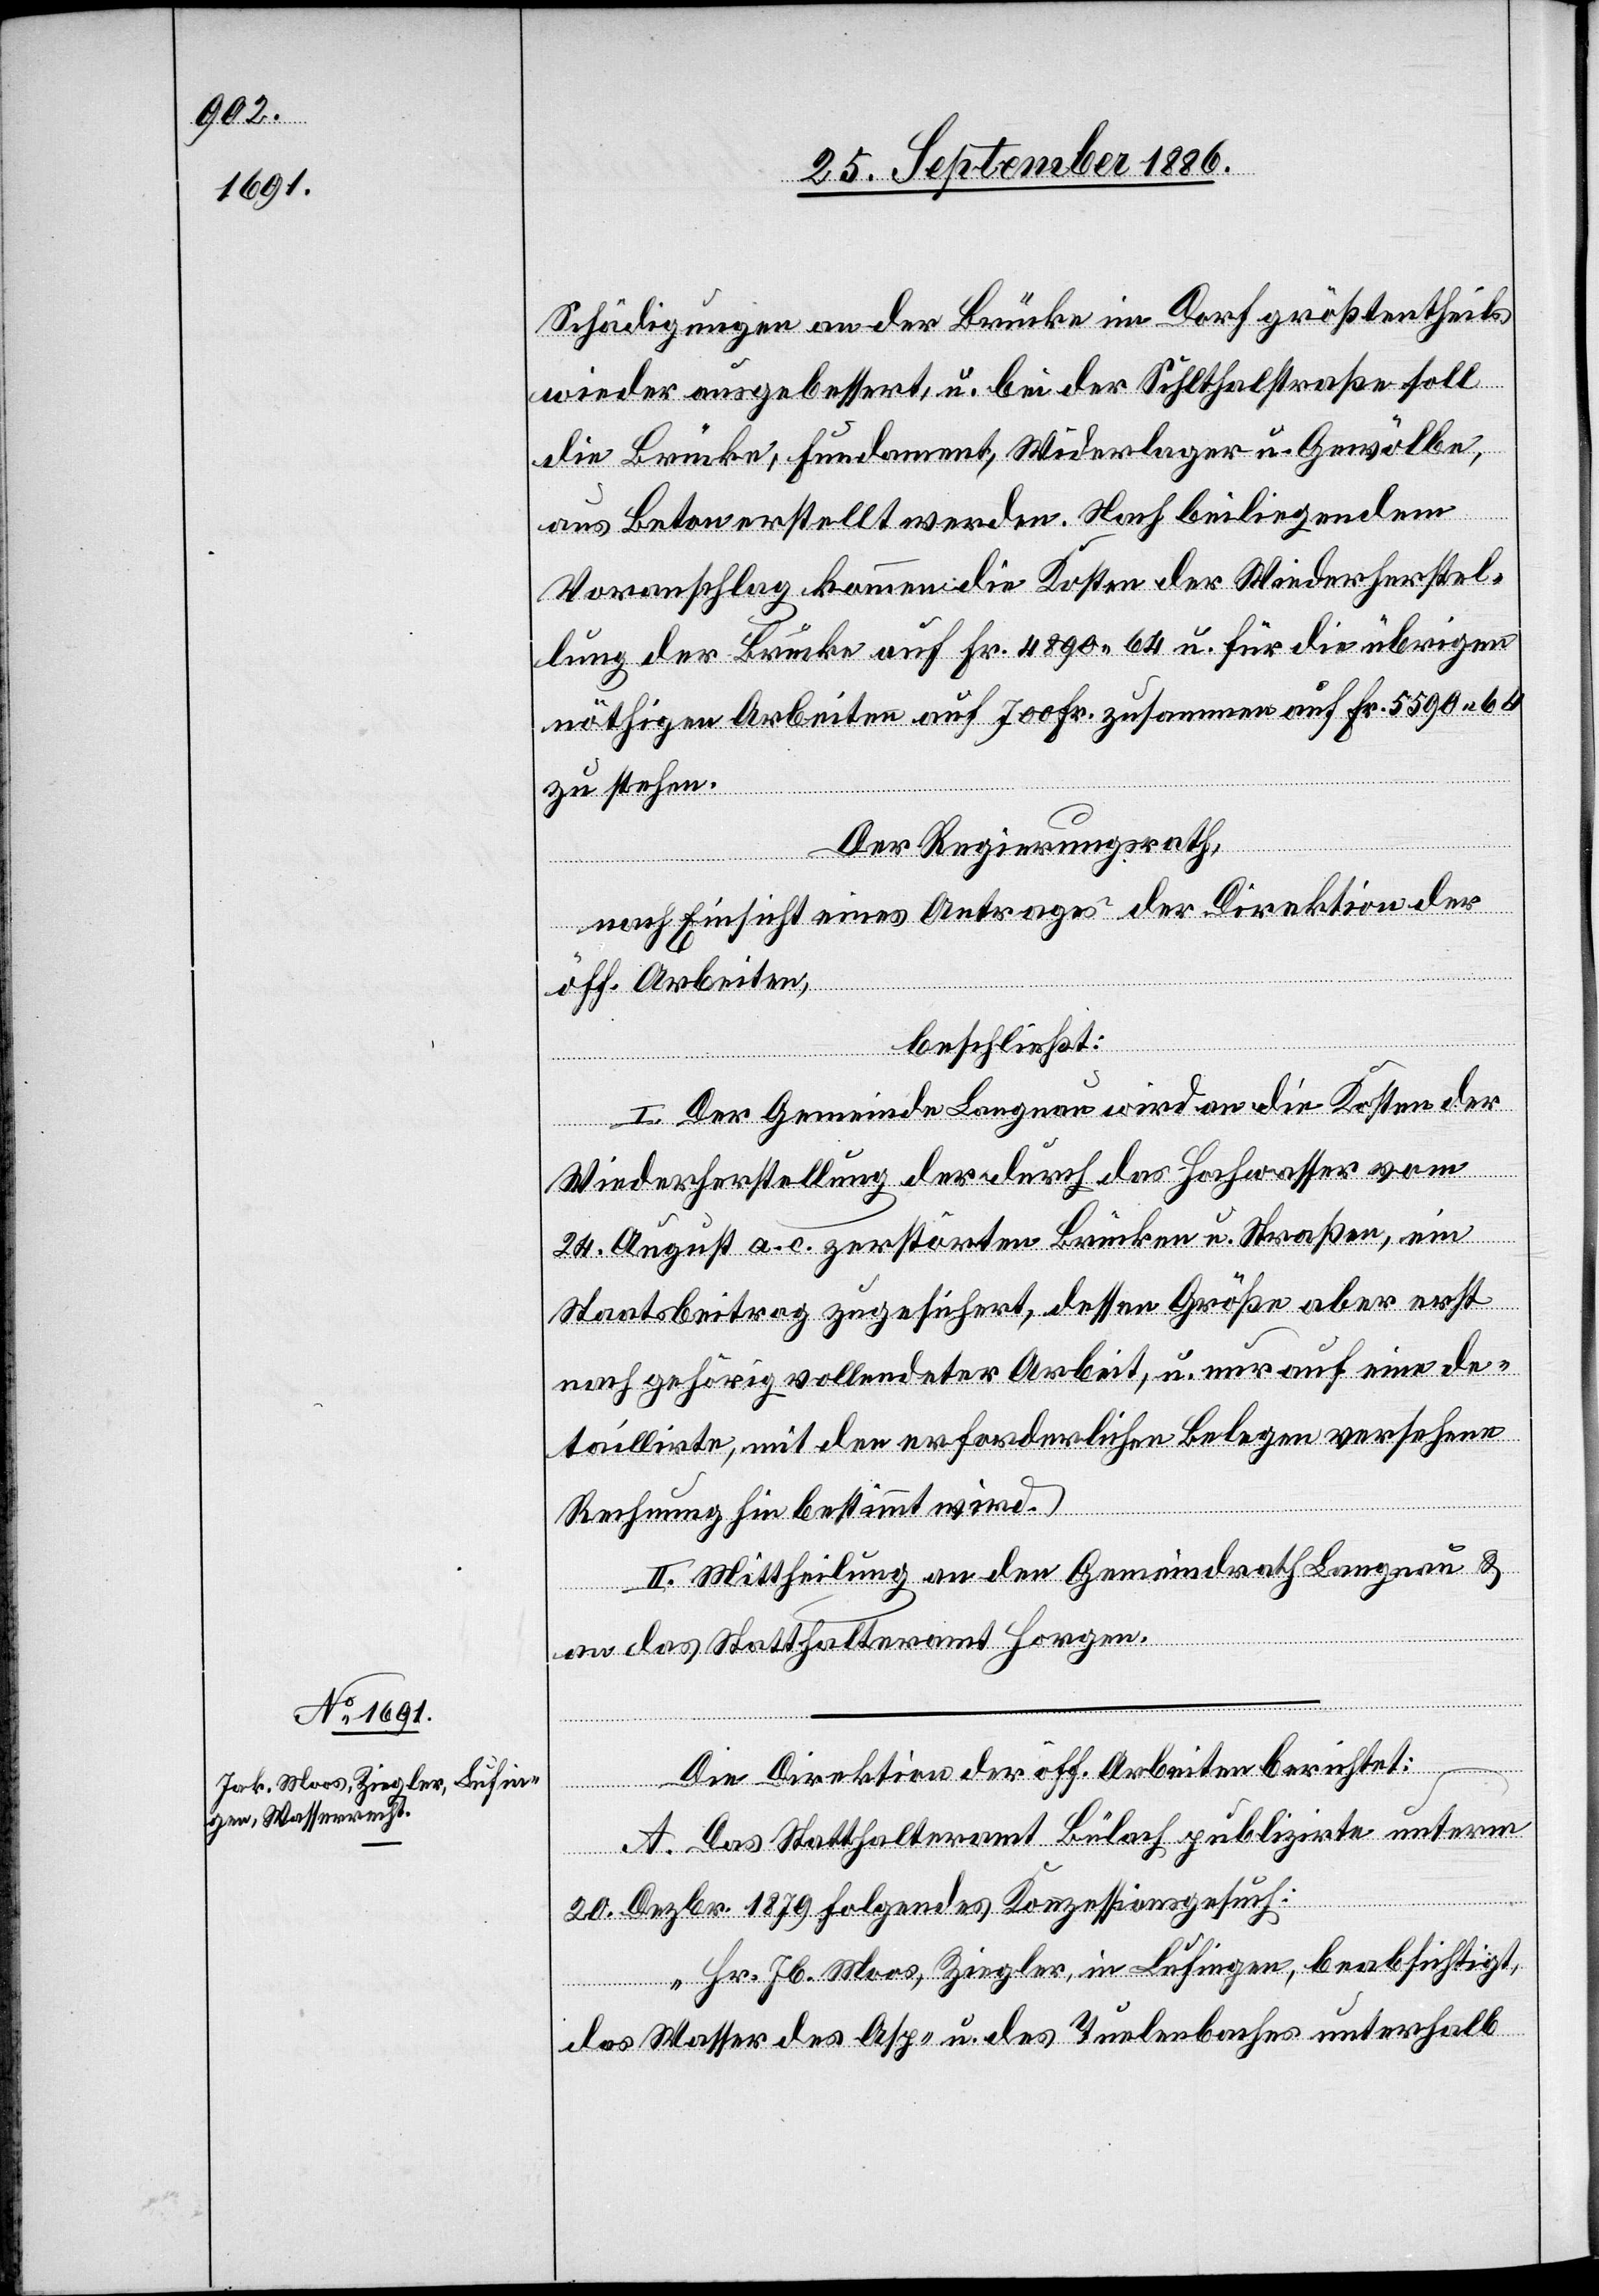
Schädigungen an der Brücke im Dorf größtentheils
wieder ausgebessert, u. bei der Sihlthalstraße soll
die Brücke, Fundament, Widerlager u. Gewölbe,
aus Beton erstellt werden. Nach beiliegendem
Voranschlag kommen die Kosten der Wiederherstel¬
lung der Brücke auf Fr. 4890 64 u. für die übrigen
nöthigen Arbeiten auf 700 Fr. zusammen auf Fr. 5590 64
zu stehen.
Der Regierungsrath,
nach Einsicht eines Antrages der Direktion der
öff. Arbeiten,
beschließt:
I. Der Gemeinde Langnau wird an die Kosten der
Wiederherstellung der durch Hochwasser vom
24. August a. c. zerstörten Brücken u. Straßen, ein
Staatsbeitrag zugesichert, dessen Größe aber erst
nach gehörig vollendeter Arbeit, u. nur auf eine de¬
taillirte, mit den erforderlichen Belegen versehene
Rechnung hin bestimmt wird.
II. Mittheilung an den Gemeindrath Langnau &
an das Statthalteramt Horgen.
Die Direktion der öff. Arbeiten berichtet:
A. Das Statthalteramt Bülach publizirte unterm
20. Dezbr. 1879 folgendes Konzessionsgesuch:
„Hr. Jb. Moos, Ziegler, in Lufingen, beabsichtigt,
das Wasser des Asp- u. des Tuelenbaches unterhalb